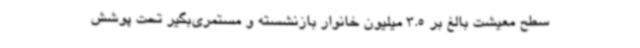
سطح معیشت بالغ‌ بر 3.5 میلیون خانوار بازنشسته و مستمری‌بگیر تحت پوشش